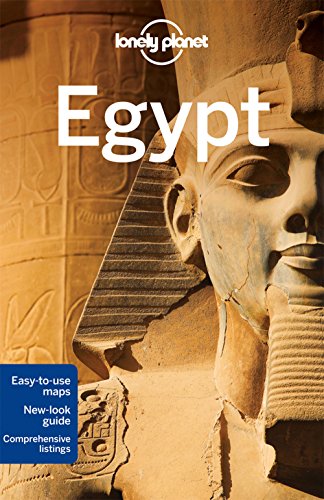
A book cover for Lonely Planet Egypt (Travel Guide); Lonely Planet; Travel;